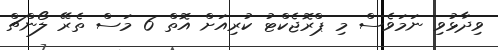
ވިދާޅުވި ނަމަވެސް މި ޕްރޮޖެކްޓު ކުރިއަށް އޮތް 6 މަސް ތެރޭ ލޯންޗް